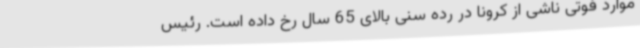
موارد فوتی ناشی از کرونا در رده سنی بالای 65 سال رخ داده است. رئیس